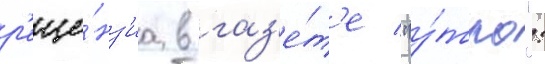
р'еце́нз'иа в газ'е́т'е "у́тро":